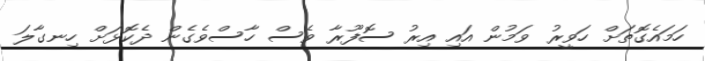
ހަމައެގޮތަށް ހަވީރު ވަމުން އައި އިރު ސޮފޫރާ ވެސް ހާސްވެގެން ދެކޮޅަށް ހިނގާލަ